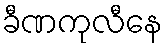
ခီဏကုလီနေ